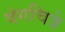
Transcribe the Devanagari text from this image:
वंगचित्रे